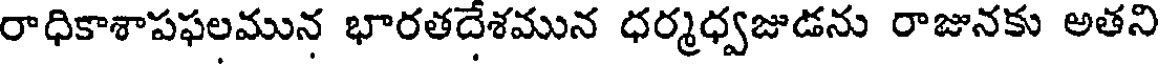
రాధికాశాపఫలమున భారతదేశమున ధర్మధ్వజుడను రాజునకు అతని